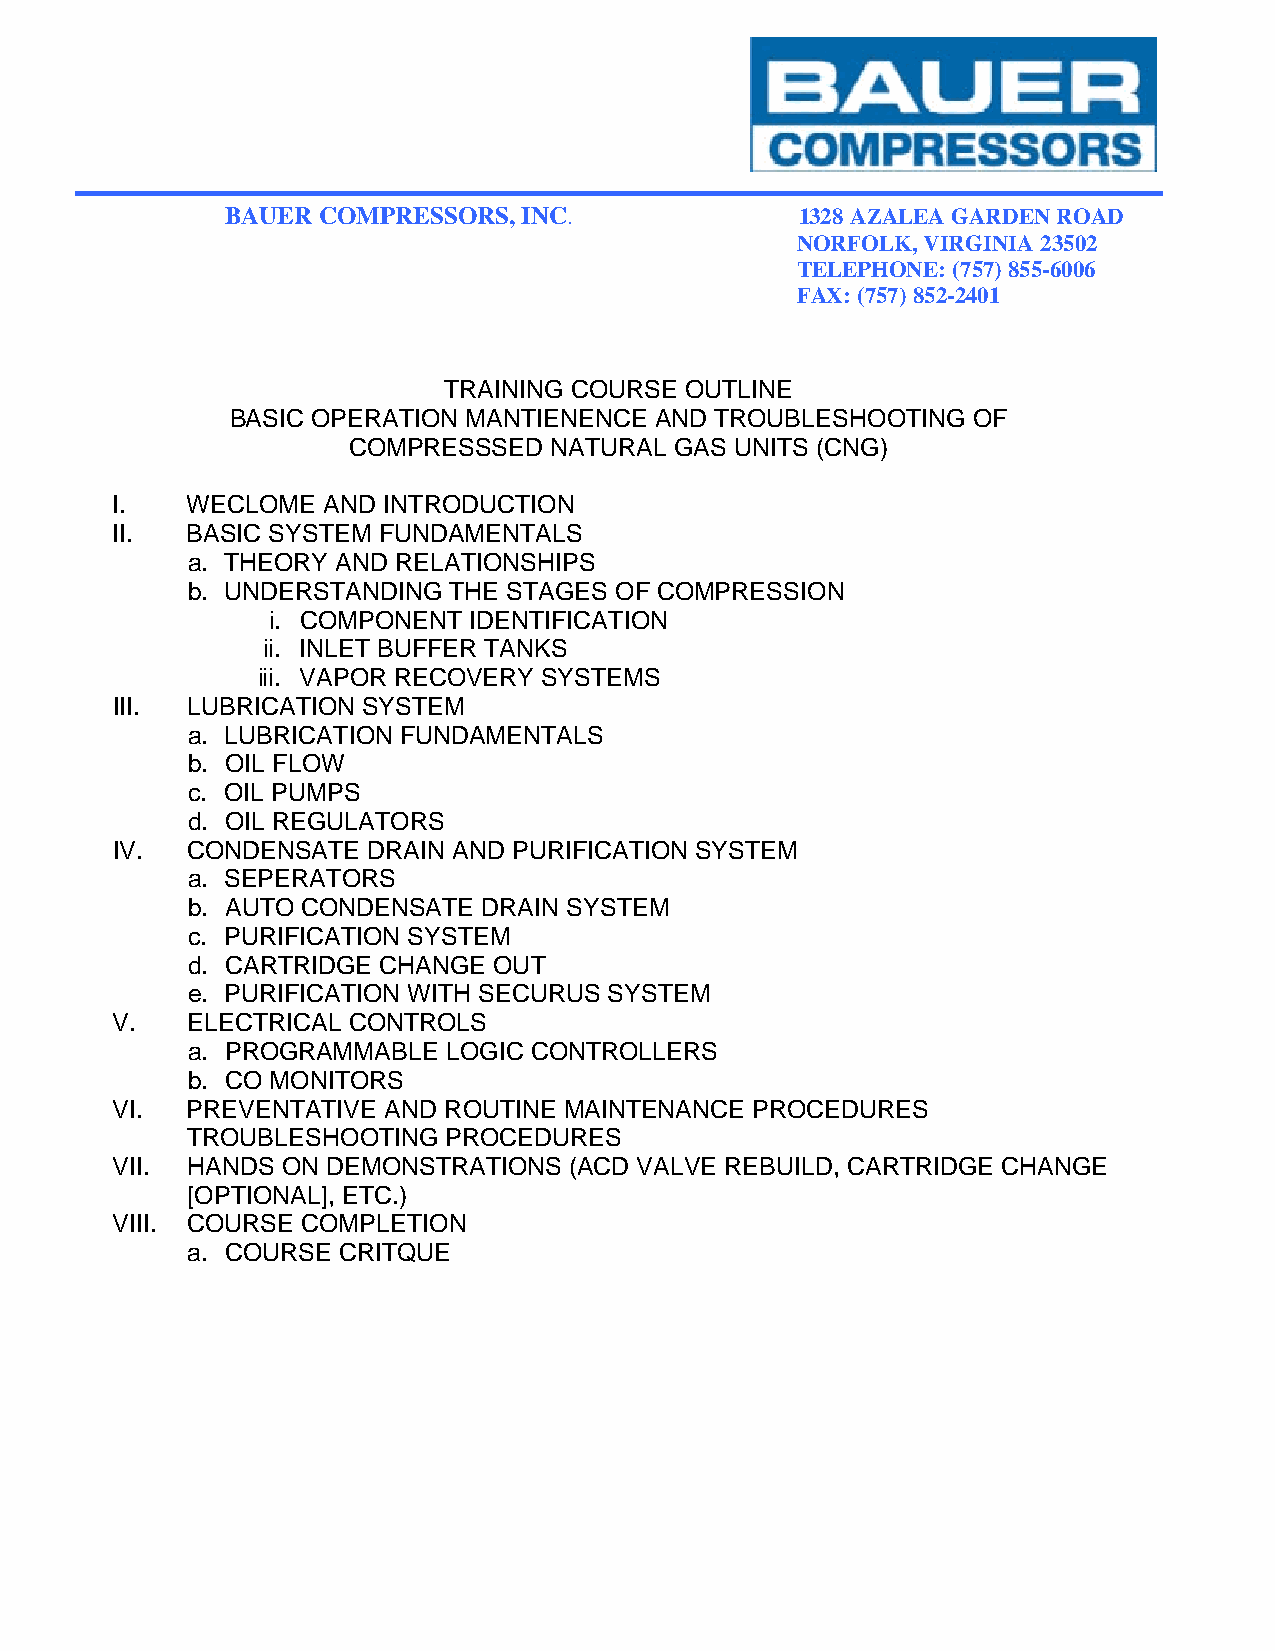
BAUER COMPRESSORS,  INC.              1328 AZALEA GARDEN ROAD
 NORFOLK, VIRGINIA 23502
 TELEPHONE: (757) 855-6006
 FAX: (757) 852-2401
 TRAINING COURSE OUTLINE
 BASIC OPERATION MANTIENENCE AND TROUBLESHOOTING  OF
 COMPRESSSED  NATURAL  GAS UNITS (CNG)
 I.   WECLOME  AND INTRODUCTION
 II.  BASIC SYSTEM FUNDAMENTALS
 a. THEORY AND RELATIONSHIPS
 b. UNDERSTANDING  THE STAGES OF COMPRESSION
 i. COMPONENT IDENTIFICATION
 ii. INLET BUFFER TANKS
 iii. VAPOR RECOVERY SYSTEMS
 III. LUBRICATION SYSTEM
 a. LUBRICATION FUNDAMENTALS
 b. OIL FLOW
 c. OIL PUMPS
 d. OIL REGULATORS
 IV.  CONDENSATE  DRAIN AND PURIFICATION SYSTEM
 a. SEPERATORS
 b. AUTO CONDENSATE  DRAIN SYSTEM
 c. PURIFICATION SYSTEM
 d. CARTRIDGE CHANGE  OUT
 e. PURIFICATION WITH SECURUS SYSTEM
 V.   ELECTRICAL CONTROLS
 a. PROGRAMMABLE   LOGIC CONTROLLERS
 b. CO MONITORS
 VI.  PREVENTATIVE AND ROUTINE MAINTENANCE  PROCEDURES
 TROUBLESHOOTING   PROCEDURES
 VII. HANDS  ON DEMONSTRATIONS  (ACD VALVE REBUILD, CARTRIDGE CHANGE
 [OPTIONAL], ETC.)
 VIII. COURSE COMPLETION
 a. COURSE CRITQUE